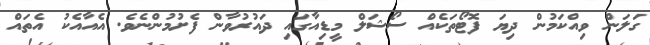
ގަލަން ވިއްކަމުން ދިޔަ ފޮޓޯތަކެއް ސޯޝަލް މީޑިއާގައި ދައުރުވާން ފެށުމުންނެވެ. އެއާއެކު އެތައް